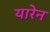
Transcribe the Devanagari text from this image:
यारेन